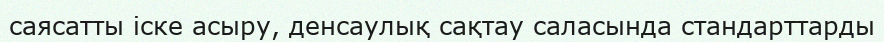
саясатты іске асыру, денсаулық сақтау саласында стандарттарды